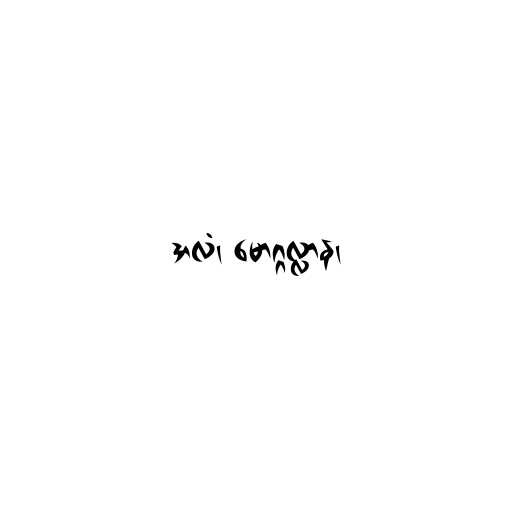
အလံ၊ မောဂ္ဂလ္လာန၊